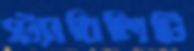
স্ট্যাবিলিটি